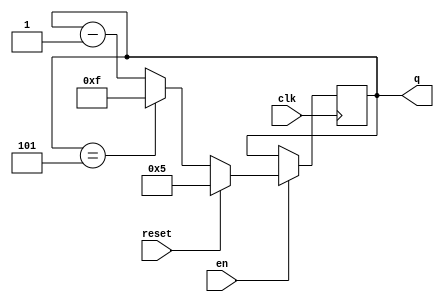
module top_module(
    input clk,
    input reset,
    input en,
  	output reg [3:0]q);
always@(posedge clk)
begin
  if(en)
  begin
    if(reset) q<=5;
    else begin
        if(q==5) q<=15;
        else
        q<=q-1;
    end
  end
  else q<=q;
end
endmodule